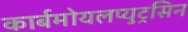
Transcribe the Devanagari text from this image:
कार्बमोयलप्युट्रसिन